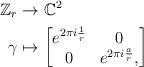
LaTeX: \begin{align*}\mathbb{Z}_{r} & \rightarrow\mathbb{C}^{2}\\\gamma & \mapsto\begin{bmatrix}e^{2\pi i\frac{1}{r}} & 0\\0 & e^{2\pi i\frac{a}{r}},\end{bmatrix}\end{align*}